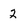
Character: 2